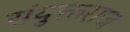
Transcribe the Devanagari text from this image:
संयुक्तराज